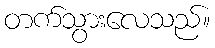
တက်သွားလေသည်။